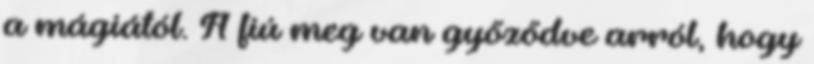
a mágiától. A fiú meg van győződve arról, hogy